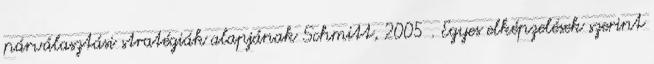
párválasztási stratégiák alapjának Schmitt, 2005 . Egyes elképzelések szerint